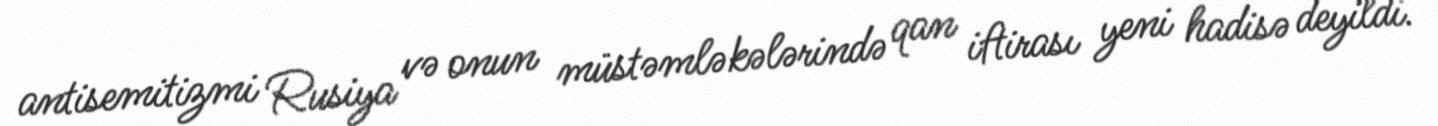
antisemitizmi Rusiya və onun müstəmləkələrində qan iftirası yeni hadisə deyildi.